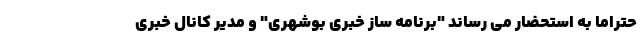
حتراما به استحضار می رساند "برنامه ساز خبری بوشهری" و مدیر کانال خبری